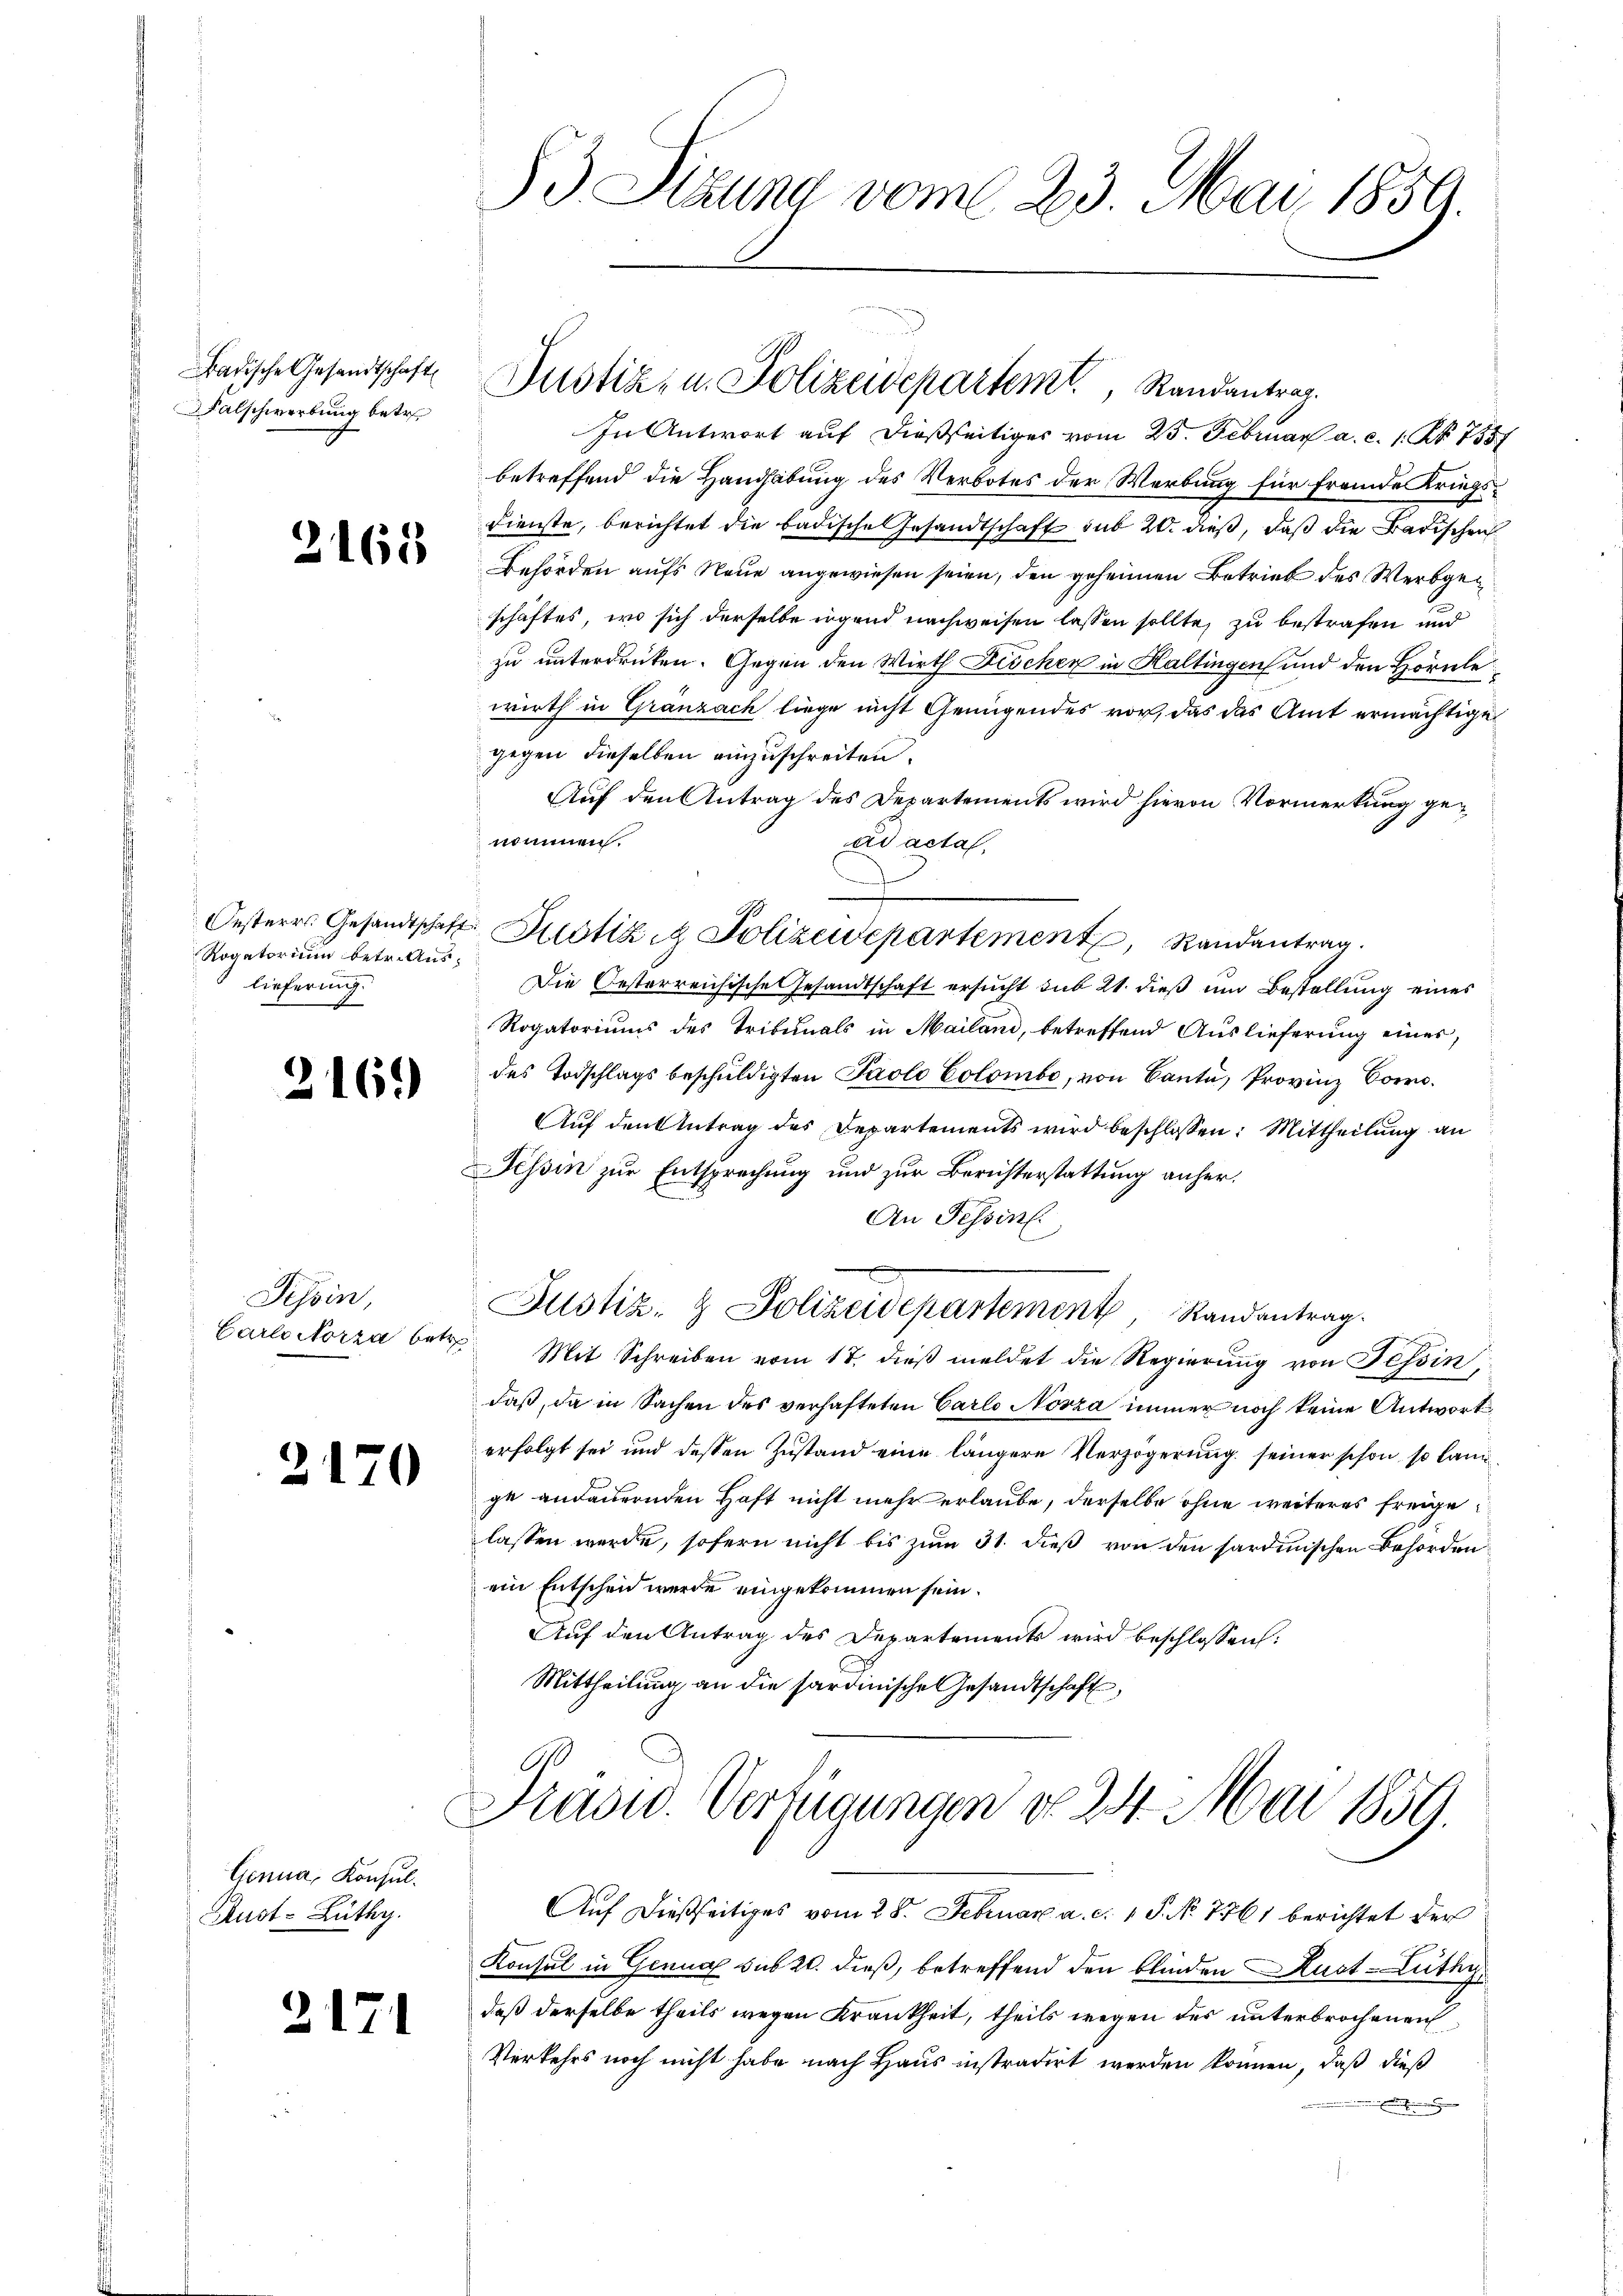
adische Gesandtschaft
Falschwerbung betr.

3165

Rogatorium betr. Auslieferung.
E

2169)

Tessin,

2170

Genua, Konsul¬
Aust- Lüthy.

2171

d Sitzung vom 23. Mai 1859.

Justiz- u. Polizeidepartemt, Randantrag.

In Antwort auf dießseitiges vom 25. Februar a. c. 1. Nr. 7557
betreffend die Handhabung des Verbotes der Werbung für fremde Kriegs¬
Dienste, berichtet die badische Gesandtschaft sub 20. dieß, daß die Badischen
Behörden aufs Neue angewiesen seien, den geheimen Betrieb des Werbgeschäftes, wo sich derselbe irgend nachweisen lassen sollte, zu bestrafen und
zu unterdrücken. Gegen den Wirth Fischen in Kaltingen und den Hörnle
wirth in Gränzach liege nicht Genügendes vor, das das Amt ermächtige
gegen dieselben einzuschreiten.
Auf den Antrag des Departements wird hievon Vormerkung gewunnen.
ad acta,
Oesteres Gesandtschaft Zustiz in Polizeidepartement, Randantrag.
Die Oesterreichische Gesandtschaft ersucht sub 21. dieß um Bestellung eines
Rogatoriums des Tribunals in Mailand, betreffend Auslieferung eines,
des Todschlags beschuldigten Paolo Colombe, von Canta, Provinz Corr
Auf den Antrag des Departements wird beschlossen: Mittheilung an
Tessin zur Entsprechung und zur Berichterstattung anher¬
An Tessin.
Justiz- & Polizeidepartement, Randantrag.
Carlo Norza betr. Mit Schreiben vom 17. dieβ meldet die Regierŭng von Tessin,
daß, da in Sachen des verhafteten Carlo Norza immer noch keine Antwort
erfolgt sei und dessen Zustand eine längere Verzögerung seiner schon so langge andauernden Haft nicht mehr erlaube, derselbe ohne weiteres freigelassen werde, sofern nicht bis zum 31. dieß von den sardinischen Behörden
ein Entscheid werde eingekommen sein.
Auf den Antrag des Departements wird beschlossen:
Mittheilung an die sardinische Gesandtschaft,
Frasid. Verfügungen do 24. Mai 1859.
Auf dießseitiges vom 28. Februar a. c. 1 S. No 7761 berichtet der
Konsul in Genua sub 20. dieß, betreffend den blinden Aust-Lüthy
daß derselbe theils wegen Krankheit, theils wegen des unterbrochenen
Verkehrs noch nicht habe nach Haus instradirt werden können, daß dieß
.